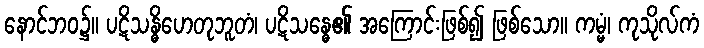
နောင်ဘဝ၌။ ပဋိသန္ဓိဟေတုဘူတံ၊ ပဋိသန္ဓေ၏ အကြောင်းဖြစ်၍ ဖြစ်သော။ ကမ္မံ၊ ကုသိုလ်ကံ